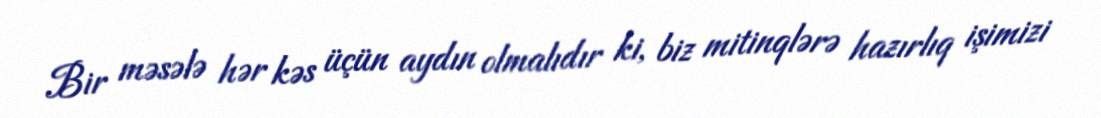
Bir məsələ hər kəs üçün aydın olmalıdır ki, biz mitinqlərə hazırlıq işimizi